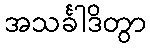
အသင်္ခါဒိတွာ